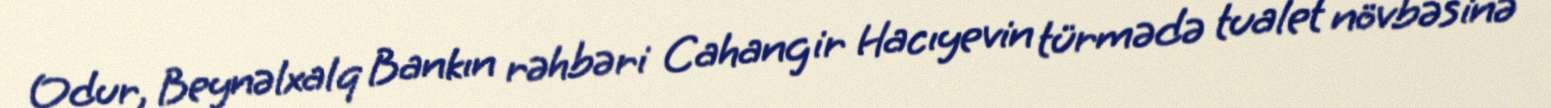
Odur, Beynəlxalq Bankın rəhbəri Cahangir Hacıyevin türmədə tualet növbəsinə